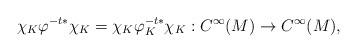
LaTeX: \begin{align*} \chi_K\varphi^{-t*}\chi_K=\chi_K\varphi_K^{-t*}\chi_K:C^\infty(M)\to C^\infty(M),\end{align*}